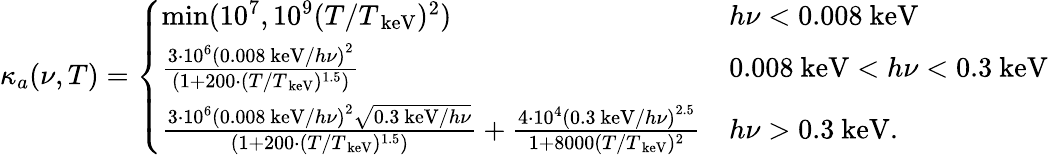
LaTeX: \kappa_{a}(\nu,T)=\left\{ \begin{array}{ll}{\mathrm{min}(10^{7},10^{9}(T/T_{\mathrm{~keV}})^{2})}&{h\nu<0.008\mathrm{~keV}}\\ {\frac{3\cdot 10^{6}\left(0.008\mathrm{~keV}/h\nu\right)^{2}}{(1+200\cdot(T/T_{\mathrm{~keV}})^{1.5})}}&{0.008\mathrm{~keV}<h\nu<0.3\mathrm{~keV}}\\ {\frac{3\cdot 10^{6}\left(0.008\mathrm{~keV}/h\nu\right)^{2}\sqrt{0.3\mathrm{~keV}/h\nu}}{(1+200\cdot(T/T_{\mathrm{~keV}})^{1.5})}+\frac{4\cdot 10^{4}\left(0.3\mathrm{~keV}/h\nu\right)^{2.5}}{1+8000(T/T_{\mathrm{~keV}})^{2}}}&{h\nu>0.3\mathrm{~keV}.}\end{array}\right.